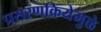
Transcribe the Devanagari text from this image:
प्रसरणक्रियेमुळे